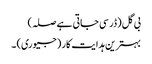
بی گل (ڈر سی جاتی ہے صلہ)
بہترین ہدایت کار (جیوری) ۔